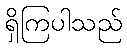
ရှိကြပါသည်